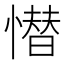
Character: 𢡚